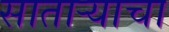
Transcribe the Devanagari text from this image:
साताऱ्याचा